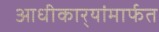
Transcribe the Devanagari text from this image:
आधीकार्‍यांमार्फत